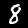
Digit: 8